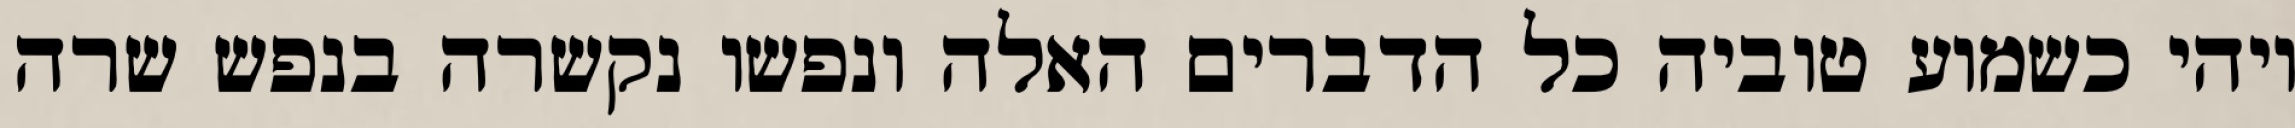
ויהי כשמוע טוביה כל הדברים האלה ונפשו נקשרה בנפש שרה